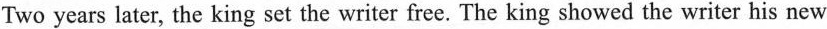
Two years later, the king set the writer free. The king showed the writer his new